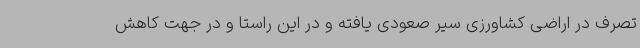
تصرف در اراضی کشاورزی سیر صعودی یافته و در این راستا و در جهت کاهش